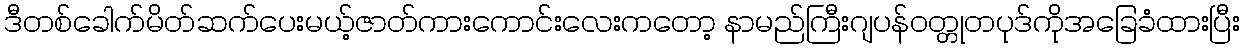
ဒီတစ်ခေါက်မိတ်ဆက်ပေးမယ့်ဇာတ်ကားကောင်းလေးကတော့ နာမည်ကြီးဂျပန်ဝတ္တုတပုဒ်ကိုအခြေခံထားပြီး